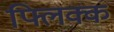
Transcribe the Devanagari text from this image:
फ्लिक्क